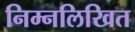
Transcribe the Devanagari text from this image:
निम्‍नलिखित